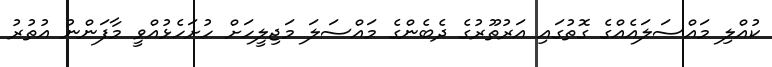
ކުއްލި މައްސަލައެއްގެ ގޮތުގައި އަރުތޫރުގެ ދެބެންގެ މައްސަލަ މަޖިލީހަށް ހުށަހެޅުއްވީ މާފަންނު އުތުރު